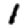
Digit: 1